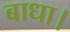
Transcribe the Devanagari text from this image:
बाधा।